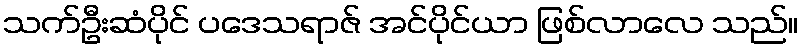
သက်ဦးဆံပိုင် ပဒေသရာဇ် အင်ပိုင်ယာ ဖြစ်လာလေ သည်။